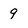
Character: 9